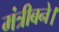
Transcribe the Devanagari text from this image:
मंत्रीबने।